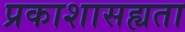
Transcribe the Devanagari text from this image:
प्रकाशासह्यता